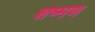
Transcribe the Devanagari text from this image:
शष्मण